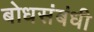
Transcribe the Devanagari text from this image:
बोधसंबंधी